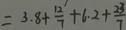
= 3 . 8 + \frac { 1 2 } { 7 } + 6 . 2 + \frac { 2 3 } { 7 }